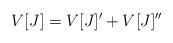
LaTeX: \begin{align*} V[J]=V[J]' + V[J]''\end{align*}